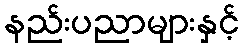
နည်းပညာများနှင့်